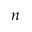
n